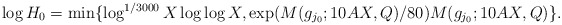
\begin{align*} \log H_0 = \min\{\log^{1/3000} X \log\log X, \exp(M(g_{j_0};10AX, Q)/80) M(g_{j_0};10AX, Q)\}. \end{align*}